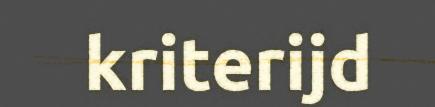
kriterijd